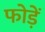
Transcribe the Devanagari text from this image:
फोड़ें